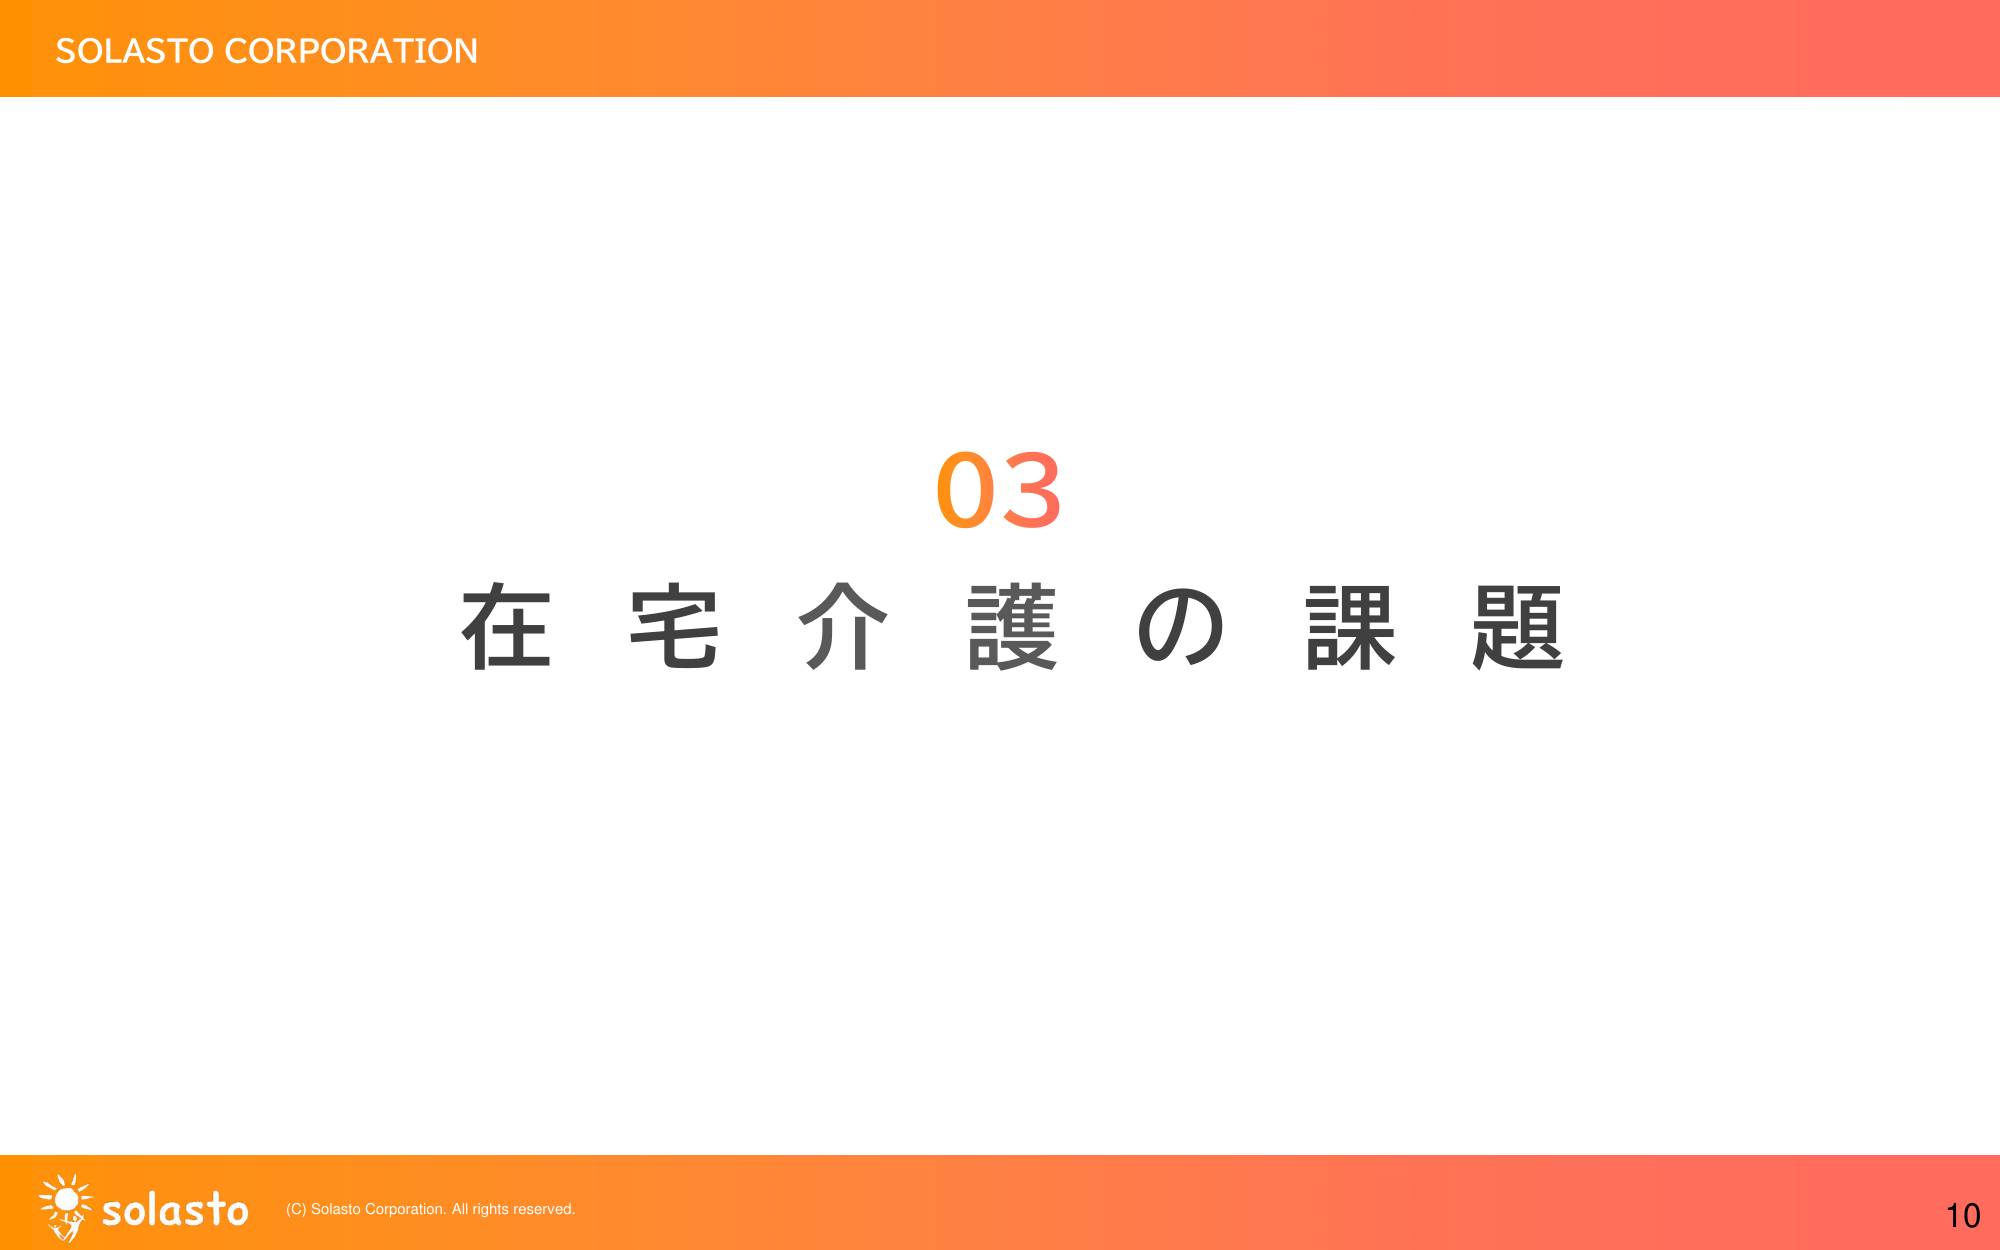
SOLASTO CORPORATION
03
在宅介護の課題
solasto (C) Solasto Corporation. All rights reserved.
10